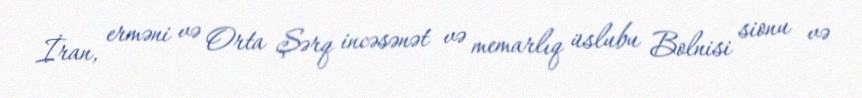
İran, erməni və Orta Şərq incəsənət və memarlıq üslubu Bolnisi sionu və